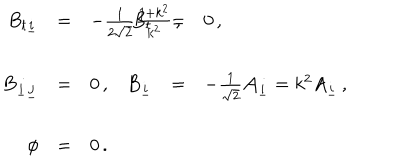
\begin{array} { r c l r c l } { { B _ { t \underline { { { i } } } } } } & { { = } } & { { - \frac { 1 } { 2 \sqrt { 2 } } \frac { 1 + k ^ { 2 } } { k ^ { 2 } } \, , \hspace { 1 . 5 c m } } } & { { B _ { t } } } & { { = } } & { { 0 \, , } } \\ { { } } & { { } } & { { } } & { { } } & { { } } & { { } } \\ { { B _ { \underline { { { i } } } \underline { { { j } } } } } } & { { = } } & { { 0 \, , } } & { { B _ { \underline { { { i } } } } } } & { { = } } & { { - \frac { 1 } { \sqrt { 2 } } { \cal A } _ { \underline { { { i } } } } = k ^ { 2 } A _ { \underline { { { i } } } } \, , } } \\ { { } } & { { } } & { { } } & { { } } & { { } } & { { } } \\ { { \phi } } & { { = } } & { { 0 \, . } } & { { } } & { { } } & { { } } \\ \end{array}